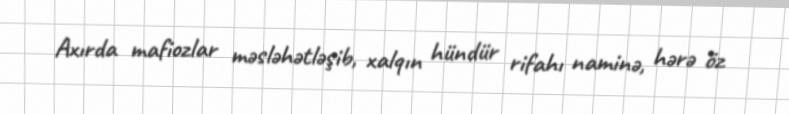
Axırda mafiozlar məsləhətləşib, xalqın hündür rifahı naminə, hərə öz